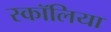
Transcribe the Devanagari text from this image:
स्कॉलिया